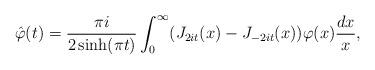
LaTeX: \begin{align*}\hat{\varphi}(t)=\frac{\pi i}{2\sinh(\pi t)}\int_0^{\infty}(J_{2it}(x)-J_{-2it}(x))\varphi(x)\frac{dx}{x},\end{align*}